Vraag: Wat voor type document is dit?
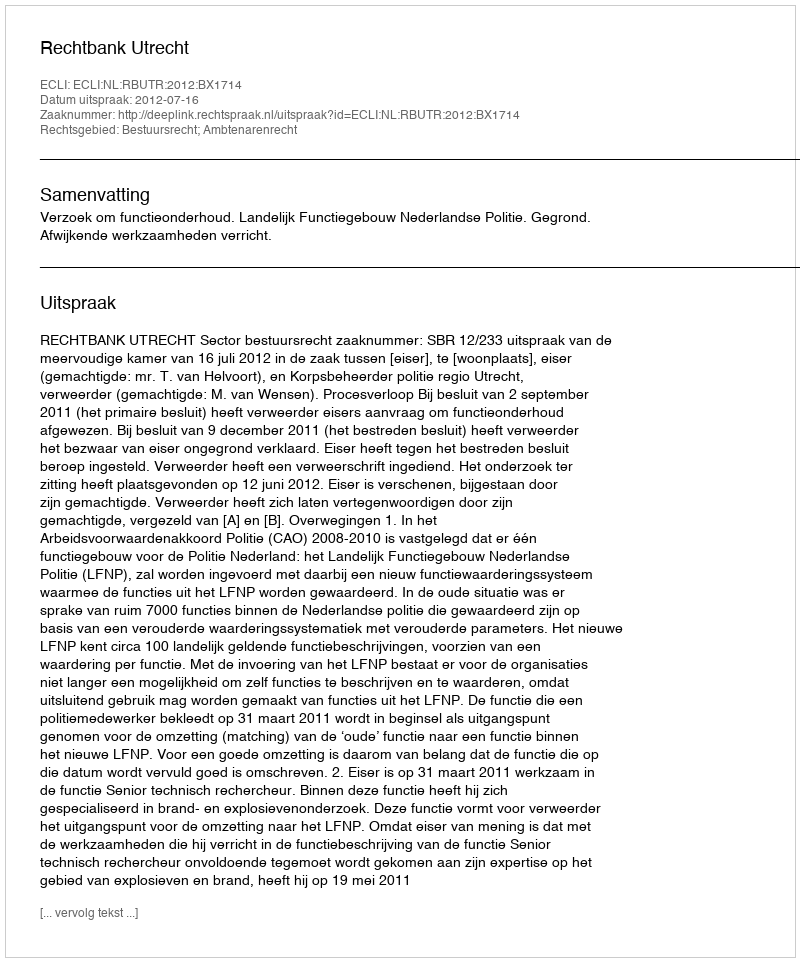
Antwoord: Uitspraak